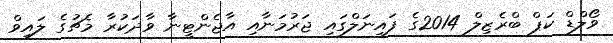
ވޯލްޑް ކަޕް ބްރެޒިލް 2014ގެ ފައިނަލްގައި ޖަރުމަނާއި އާޖެންޓީނާ ވާދަކުރާ މެޗުގެ ލައިވް